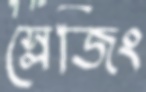
স্লেজিং